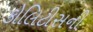
કોલિટીસની